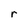
Character: r